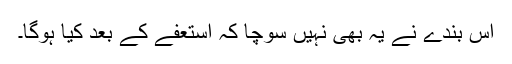
اس بندے نے یہ بھی نہیں سوچا کہ استعفے کے بعد کیا ہوگا۔